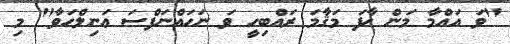
''ވަ އައްމާ މަން ޚާފަ މަޤާމަ ރައްބިހީ ވަ ނަހައްނަފްސަ ޢަނިލްހަވާ'' މި